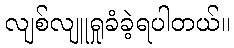
လျစ်လျူရှုခံခဲ့ရပါတယ်။